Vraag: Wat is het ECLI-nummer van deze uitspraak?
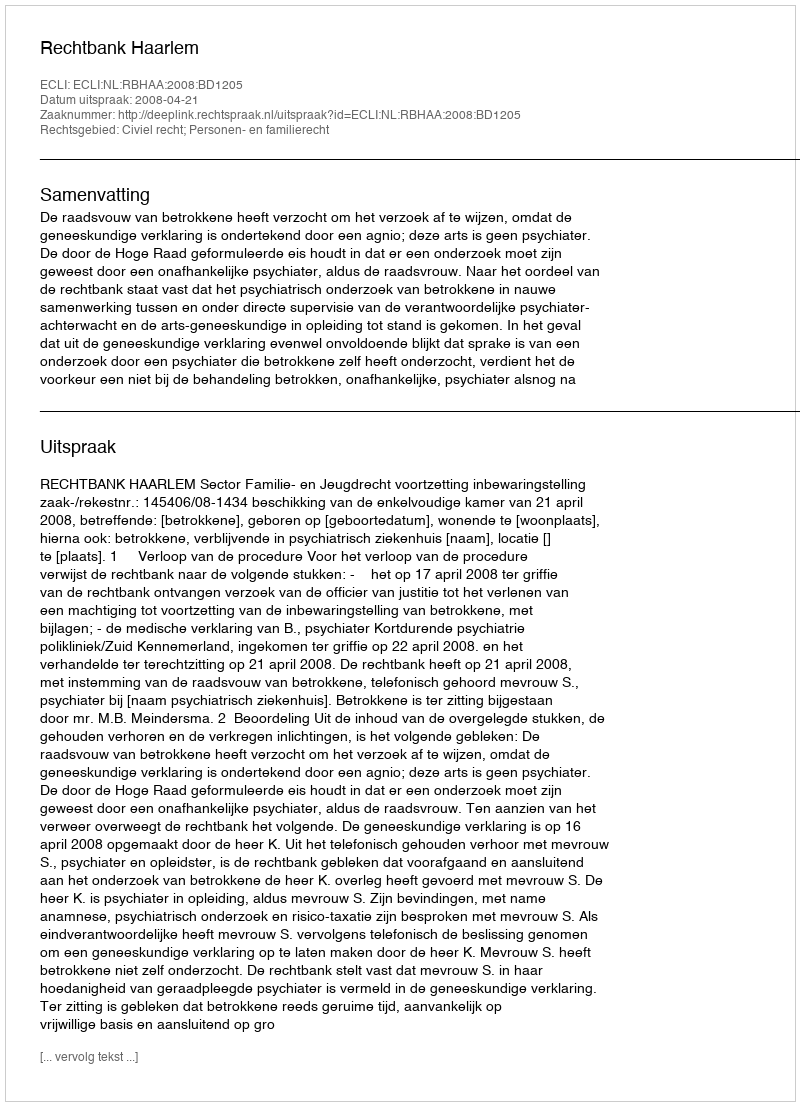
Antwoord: ECLI:NL:RBHAA:2008:BD1205